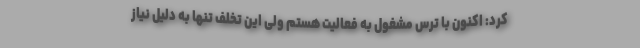
کرد: اکنون با ترس مشغول به فعالیت هستم ولی این تخلف تنها به دلیل نیاز